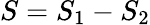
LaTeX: S=S_{1}-S_{2}